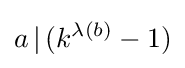
a\,|\,(k^{\lambda (b)}-1)